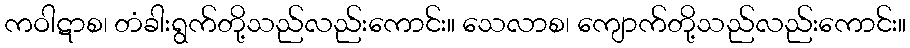
ကဝါဋာစ၊ တံခါးရွက်တို့သည်လည်းကောင်း။ သေလာစ၊ ကျောက်တို့သည်လည်းကောင်း။